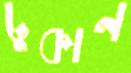
ঢুকান